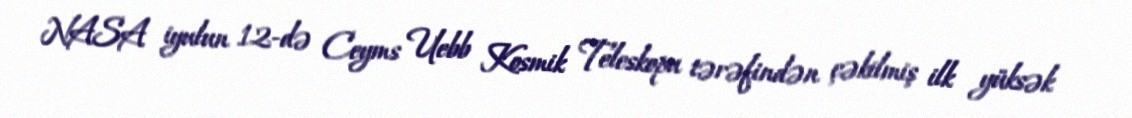
NASA iyulun 12-də Ceyms Uebb Kosmik Teleskopu tərəfindən çəkilmiş ilk yüksək